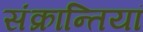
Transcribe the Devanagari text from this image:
संक्रान्तियां